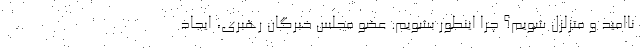
ناامید و متزلزل شویم؟ چرا اینطور بشویم. عضو مجلس خبرگان رهبری، ایجاد